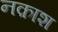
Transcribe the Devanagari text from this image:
नक़ाश